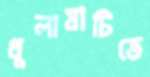
ধুলামাটিতে